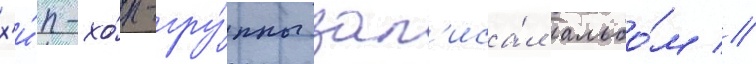
х'и́п-хо́п-гру́ппы зап'иса́л альбо́м //